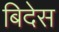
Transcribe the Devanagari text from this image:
बिदेस